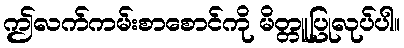
ဤလက်ကမ်းစာစောင်ကို မိတ္တူပြုလုပ်ပါ။